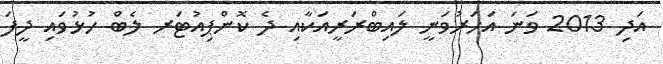
އަދި 2013 ވަނަ އަހަރުވަނީ ލައިބްރަރީއަކާއި ދެ ކޮންޕިއުޓަރ ލެބް ހުޅުވައި ދީފަ